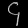
Digit: ၄